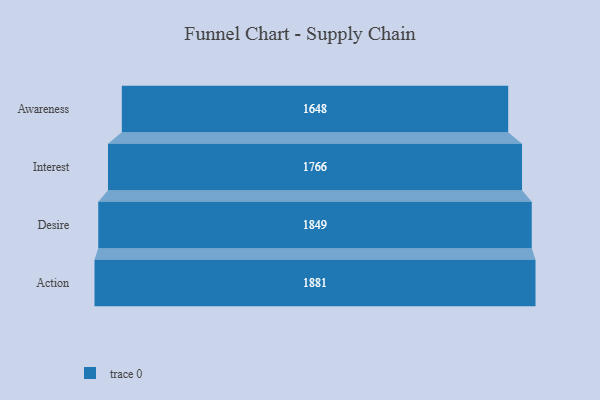
{"axis": {"x": "Stage", "y": "Value"}, "legend": [""], "data": [{"x": "Awareness", "y": 1648.0, "type": ""}, {"x": "Interest", "y": 1766.0, "type": ""}, {"x": "Desire", "y": 1849.0, "type": ""}, {"x": "Action", "y": 1881.0, "type": ""}]}